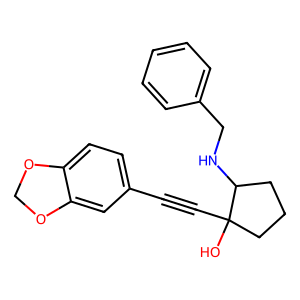
SMILES: OC1(C#Cc2ccc3c(c2)OCO3)CCCC1NCc1ccccc1
Inhibits HIV replication: No